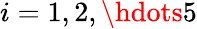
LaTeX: i=1,2,\hdots 5